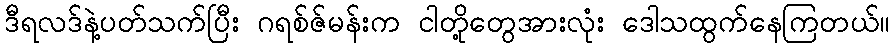
ဒီရလဒ်နဲ့ပတ်သက်ပြီး ဂရစ်ဇ်မန်းက ငါတို့တွေအားလုံး ဒေါသထွက်နေကြတယ်။